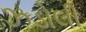
ઝડોલી